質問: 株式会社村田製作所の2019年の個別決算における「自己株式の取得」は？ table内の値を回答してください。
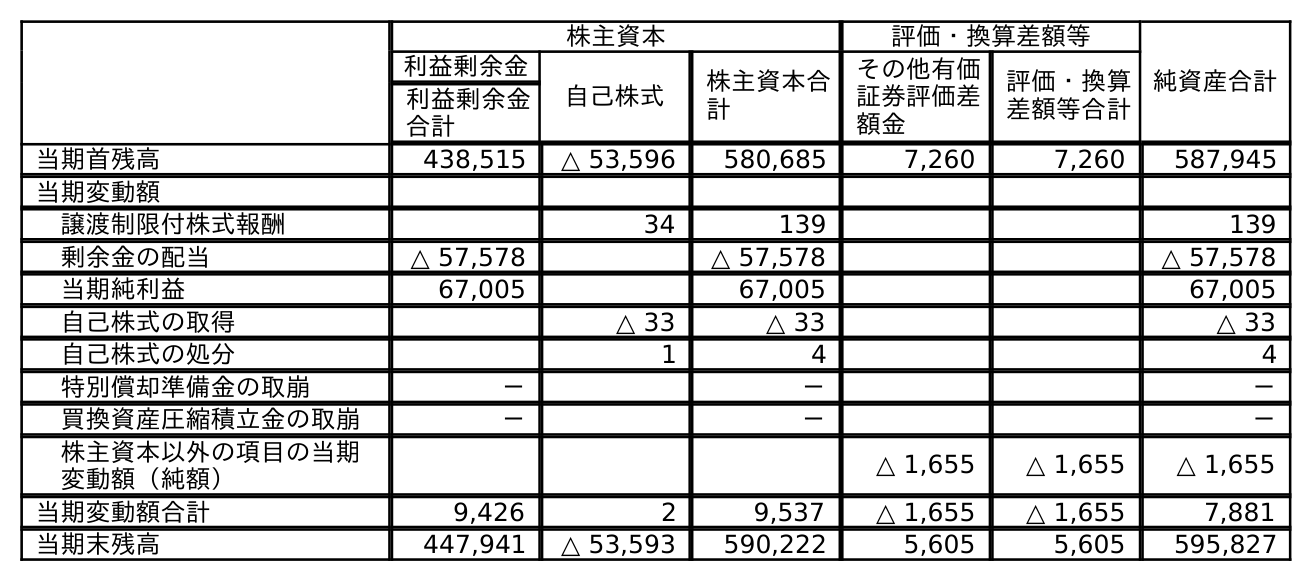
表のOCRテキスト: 株主資本 評価・換算差額等 純資産合計 利益剰余金 自己株式 株主資本合 計 その他有価 証券評価差 額金 評価・換算 差額等合計 利益剰余金 合計 当期首残高 438,515 △ 53,596 580,685 7,260 7,260 587,945 当期変動額 譲渡制限付株式報酬 34 139 139 剰余金の配当 △ 57,578 △ 57,578 △ 57,578 当期純利益 67,005 67,005 67,005 自己株式の取得 △ 33 △ 33 △ 33 自己株式の処分 1 4 4 特別償却準備金の取崩 － － － 買換資産圧縮積立金の取崩 － － － 株主資本以外の項目の当期 変動額（純額） △ 1,655 △ 1,655 △ 1,655 当期変動額合計 9,426 2 9,537 △ 1,655 △ 1,655 7,881 当期末残高 447,941 △ 53,593 590,222 5,605 5,605 595,827
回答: △33